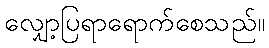
လျှော့ပြရာရောက်စေသည်။